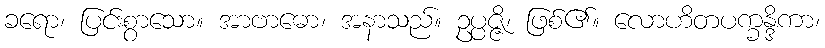
ခရော၊ ပြင်းစွာသော။ အာဗာဓော၊ အနာသည်။ ဥပ္ပဇ္ဇိ၊ ဖြစ်၏။ လောဟိတပက္ခန္ဒိကာ၊